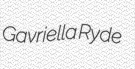
Gavriella Ryde